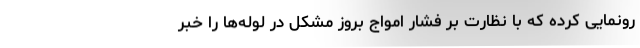
رونمایی کرده که با نظارت بر فشار امواج بروز مشکل در لوله‌ها را خبر